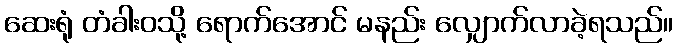
ဆေးရုံ တံခါးဝသို့ ရောက်အောင် မနည်း လျှောက်လာခဲ့ရသည်။